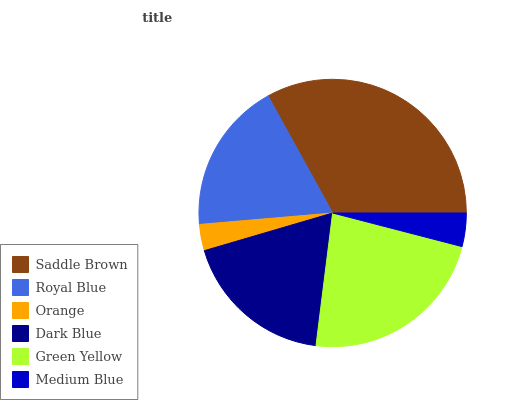
| Saddle Brown | Royal Blue | Orange | Dark Blue | Green Yellow | Medium Blue |
 | --- | --- | --- | --- | --- | --- |
 | 33% | 18.3% | 3.19% | 18.5% | 23% | 4.05% |